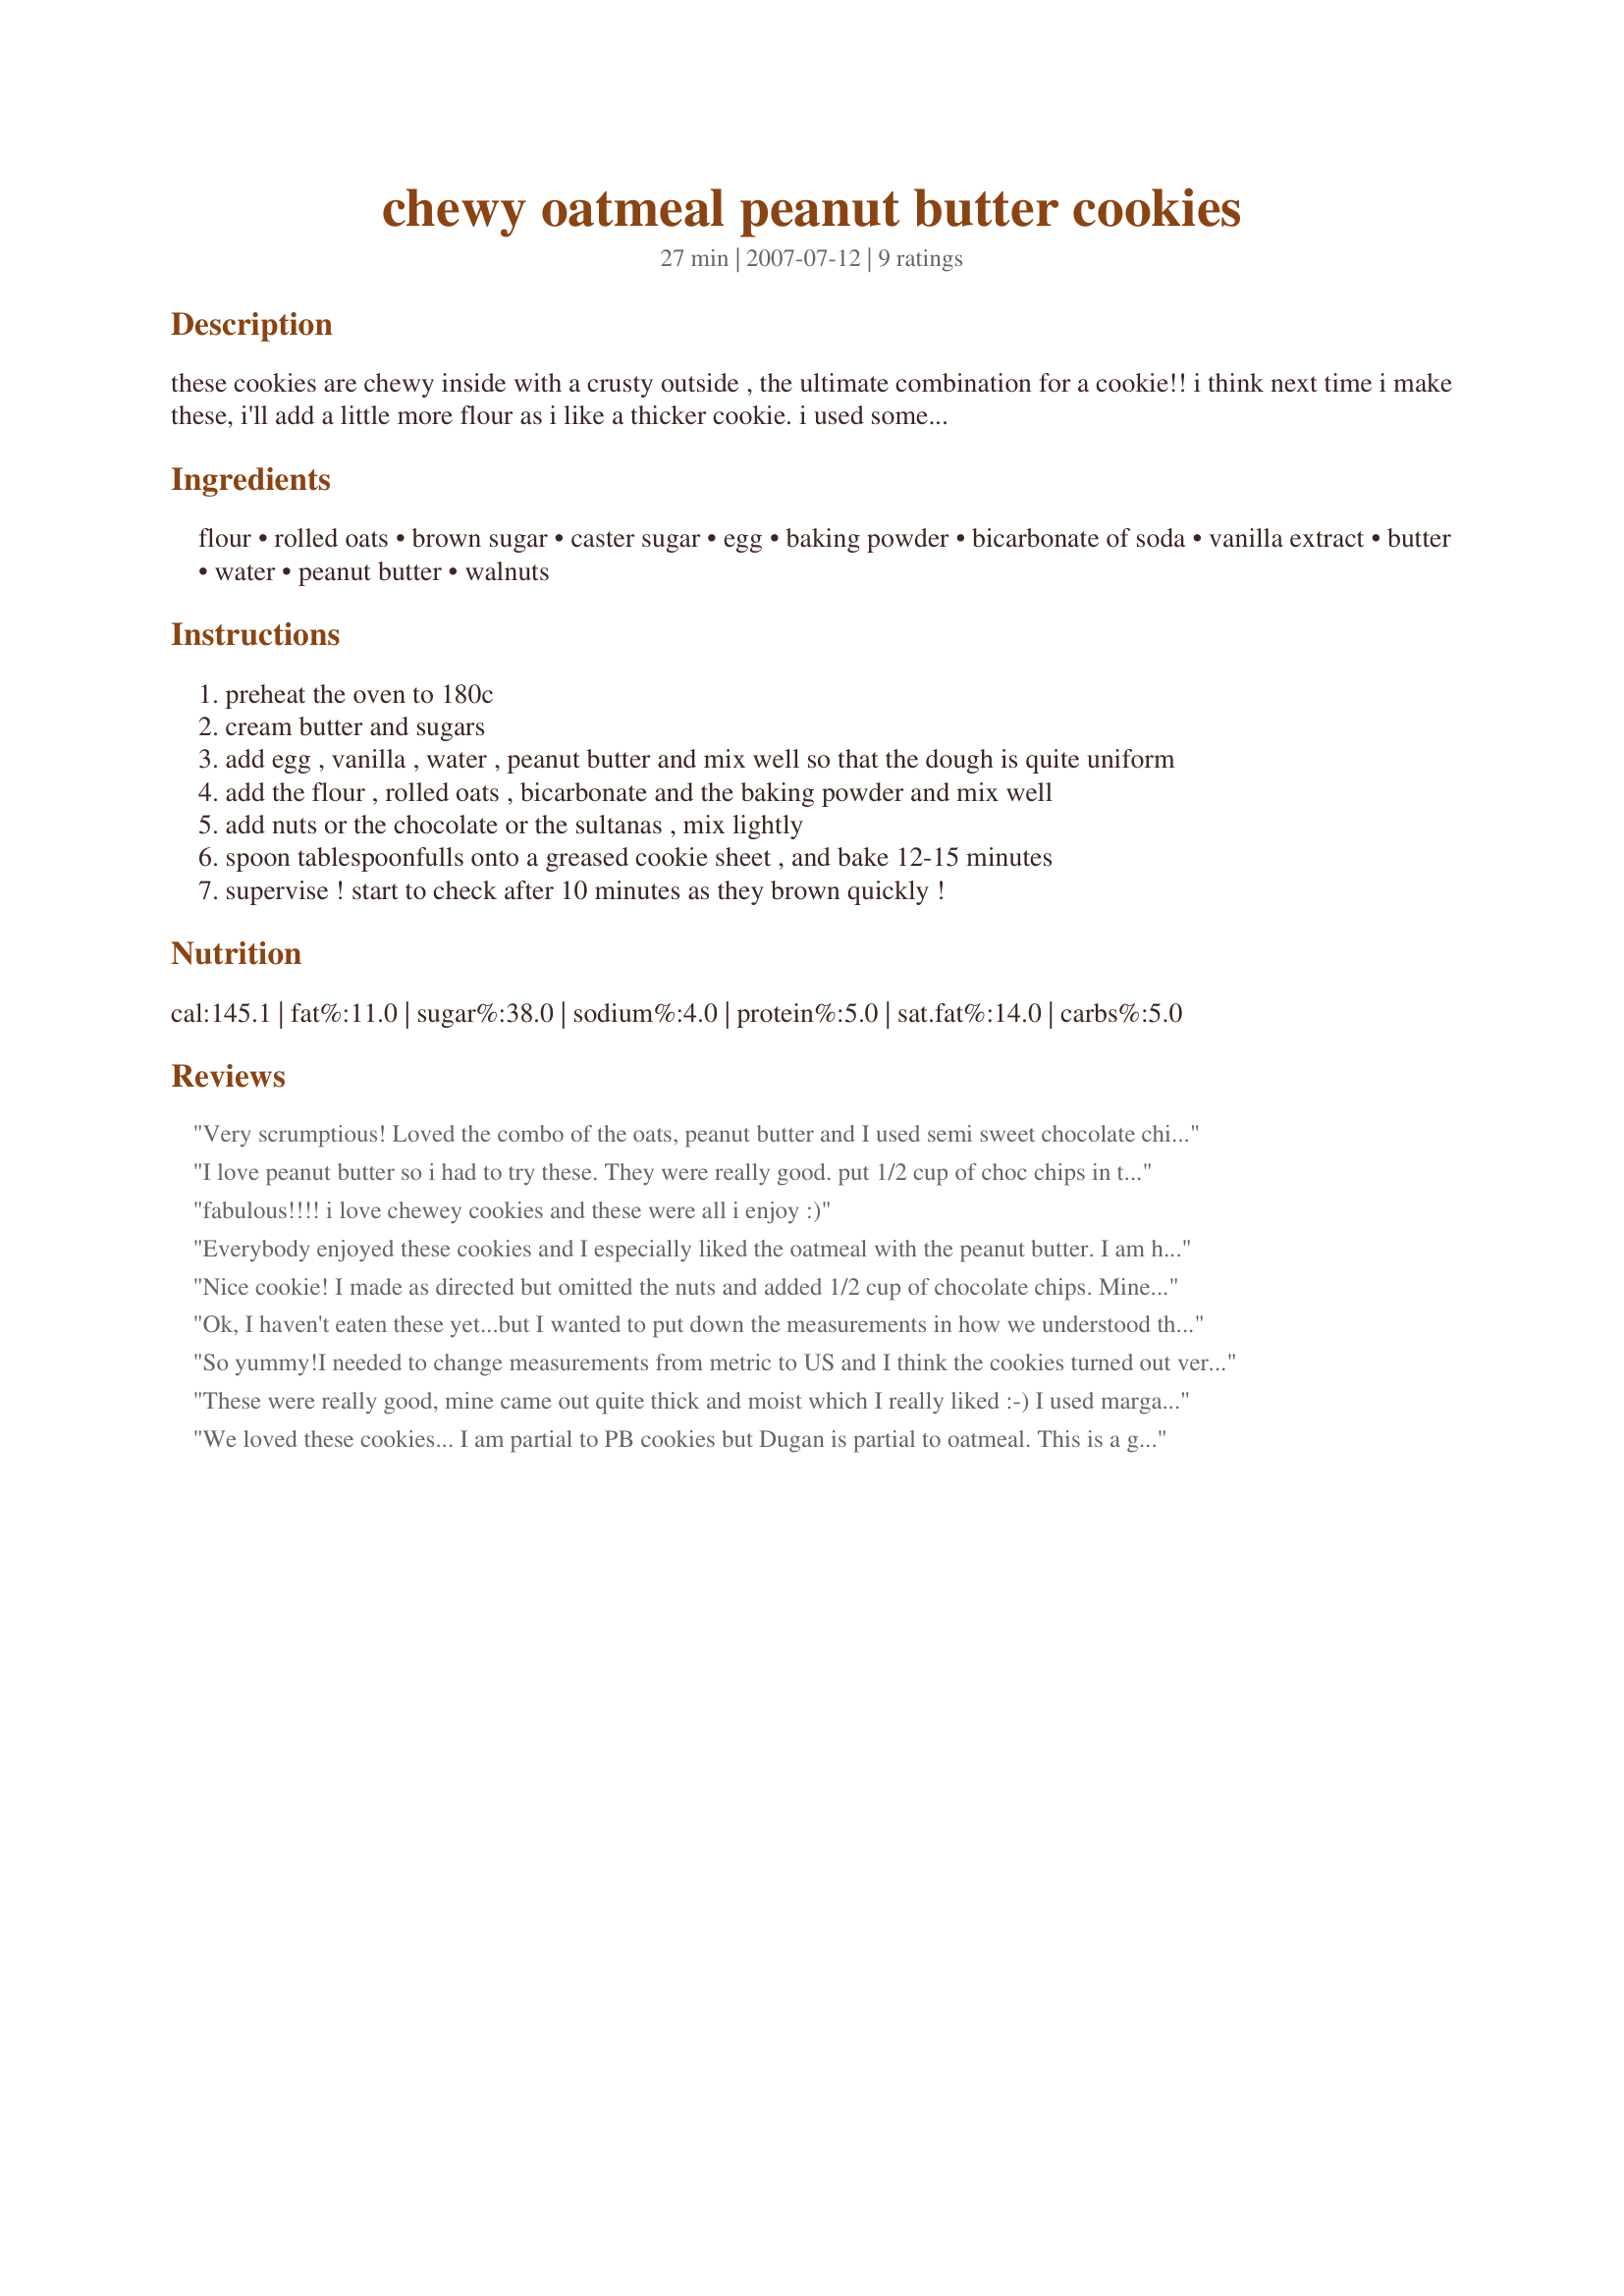
chewy oatmeal peanut butter cookies
Preparation time: 27 minutes

these cookies are chewy inside with a crusty outside , the ultimate combination for a cookie!! i think next time i make these, i'll add a little more flour as i like a thicker cookie. i used some sultanas, apricots and extra peanuts in mine.

Ingredients:
flour, rolled oats, brown sugar, caster sugar, egg, baking powder, bicarbonate of soda, vanilla extract, butter, water, peanut butter, walnuts

Steps:
preheat the oven to 180c
cream butter and sugars
add egg , vanilla , water , peanut butter and mix well so that the dough is quite uniform
add the flour , rolled oats , bicarbonate and the baking powder and mix well
add nuts or the chocolate or the sultanas , mix lightly
spoon tablespoonfulls onto a greased cookie sheet , and bake 12-15 minutes
supervise ! start to check after 10 minutes as they brown quickly !

Reviews:
Very scrumptious! Loved the combo of the oats, peanut butter and I used semi sweet chocolate chips. Perfectly baked in 12 minutes (but I did watch them) and I received an exact 36 cookies! The conversions are easy to be made to US measurements too - had not one issue. Thanks for a keeper of a treat! Made for the I Recommend tag game.! :)
I love peanut butter so i had to try these. They were really good. put 1/2 cup of choc chips in them as i did not have walnuts. Made for Edition 6: MAKE MY RECIPE -- a game of tag in the Aust/NZ forum.
fabulous!!!! i love chewey cookies and these were all i enjoy :)
Everybody enjoyed these cookies and I especially liked the oatmeal with the peanut butter. I am hooked on pecans right now so I added those instead of the walnuts. Did keep an eye on the cookies while baking and had no problems with any burning. Next time I think I will add some chocolate chips. Very easy recipe to follow and great cookie! Thank you Chcikee for posting.
Nice cookie! I made as directed but omitted the nuts and added 1/2 cup of chocolate chips. Mine baked in 13 minutes and produced 24 cookies. Made for Ausie Swap #18.
Ok, I haven't eaten these yet...but I wanted to put down the measurements in how we understood them. 3/4 cup flour and of oats, 1/2 cup brown sugar, 1/4 cup white sugar and 1/3 cup butter. We shall see how they turn out...
So yummy!I needed to change measurements from metric to US and I think the cookies turned out very well. DS#4 thinks so too. But everyone else isn't home yet. :) I used crunchy peanut butter and mini chocolate chips. I doubled the recipe and they will probably be gone by the end of the day. Thanks for posting! Made for the March 2009 Aussie/NZ recipe swap.
These were really good, mine came out quite thick and moist which I really liked :-) I used margarine instead of butter, and next time might add a few more oats.
We loved these cookies... I am partial to PB cookies but Dugan is partial to oatmeal. This is a great recipe that we both enjoyed. It combines both of our favorites.It is crunchy/crisp on the outside(which I love)but chewy(which Dugan loves) Excellent recipe. Just the right combo amount of white and brown sugar. (I had to run my regular white granulated sugar in the processor to make caster sugar) Excellent excellent excellent recipe.
